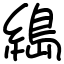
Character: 𦃭